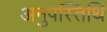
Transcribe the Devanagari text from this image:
अनुपस्तिथि